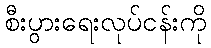
စီးပွားရေးလုပ်ငန်းကို